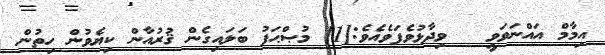
އިމާމް އައްނަވަވީ   ވިދާޅުވެފަވެއެވެ:[1] މުޞްޙަފު ބަލައިގެން ޤުރުއާން ކިޔެވުން ހިތުން